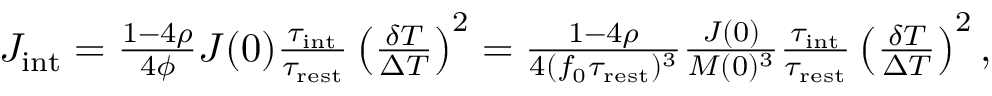
\begin{array} { r } { J _ { \mathrm { i n t } } = \frac { 1 - 4 \rho } { 4 \phi } J ( 0 ) \frac { \tau _ { \mathrm { i n t } } } { \tau _ { \mathrm { r e s t } } } \left( \frac { \delta T } { \Delta T } \right) ^ { 2 } = \frac { 1 - 4 \rho } { 4 ( f _ { 0 } \tau _ { \mathrm { r e s t } } ) ^ { 3 } } \frac { J ( 0 ) } { M ( 0 ) ^ { 3 } } \frac { \tau _ { \mathrm { i n t } } } { \tau _ { \mathrm { r e s t } } } \left( \frac { \delta T } { \Delta T } \right) ^ { 2 } , } \end{array}